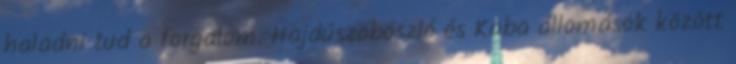
haladni tud a forgalom. Hajdúszoboszló és Kaba állomások között